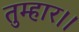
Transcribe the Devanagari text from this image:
तुम्‍हार।।